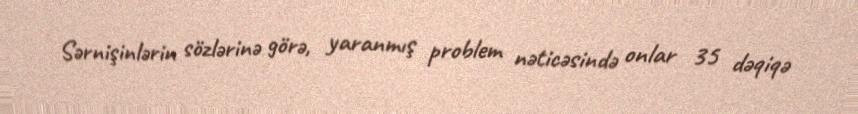
Sərnişinlərin sözlərinə görə, yaranmış problem nəticəsində onlar 35 dəqiqə